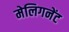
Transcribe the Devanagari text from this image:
मेलिगनेंट